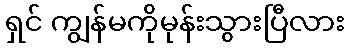
ရှင် ကျွန်မကိုမုန်းသွားပြီလား